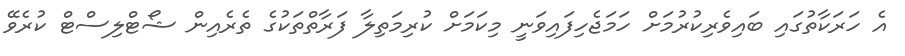
އެ ހަރަކާތުގައި ބައިވެރިކުރުމަށް ހަމަޖެހިފައިވަނީ މިކަމަށް ކުރިމަތިލާ ފަރާތްތަކުގެ ތެރެއިން ޝޯޓްލިސްޓް ކުރެވޭ